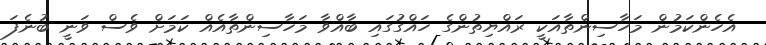
އެހެންކަމުން މަހާސިންތާއަކީ ރައްޔިތުންގެ ހައްގުގައި ބާއްވާ މަހާސިންތާއެއް ކަމަށް ވެސް ވަނީ ބުނެފަ